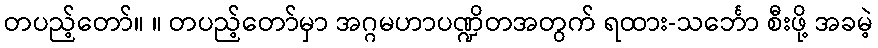
တပည့်တော်။ ။ တပည့်တော်မှာ အဂ္ဂမဟာပဏ္ဍိတအတွက် ရထား-သင်္ဘော စီးဖို့ အခမဲ့